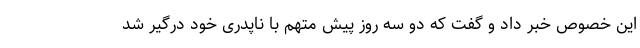
این خصوص خبر داد و گفت که دو سه روز پیش متهم با ناپدری خود درگیر شد